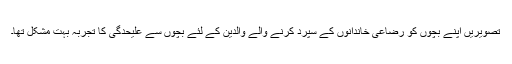
تصویریں اپنے بچوں کو رضاعی خاندانوں کے سپرد کرنے والے والدین کے لئے بچوں سے علیحدگی کا تجربہ بہت مشکل تھا۔